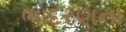
ભાદરણના